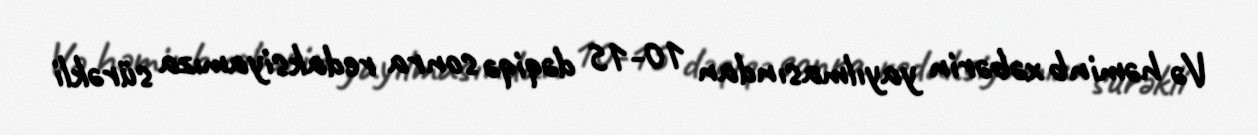
Və həminb xəbərin yayılmasından 10-15 dəqiqə sonra redaksiyamıza sürəkli